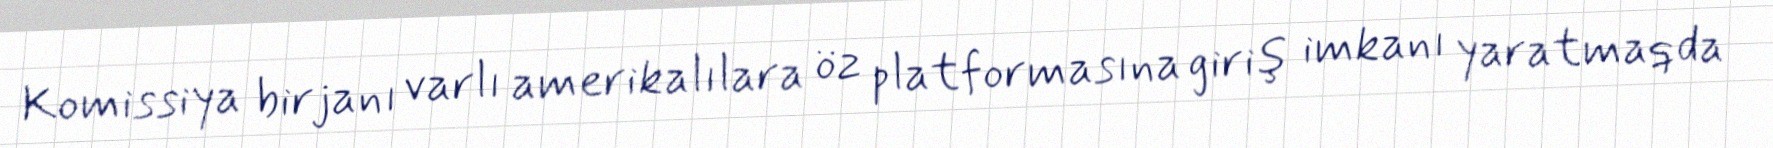
Komissiya birjanı varlı amerikalılara öz platformasına giriş imkanı yaratmaqda